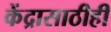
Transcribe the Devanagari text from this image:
केंद्रासाठीही